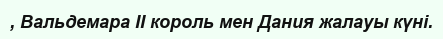
, Вальдемара II король мен Дания жалауы күні.